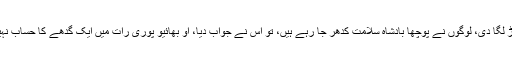
جیسے ہی انہوں نے قبر کھولی تو اس کمہار نے باہر نکل کر دوڑ لگا دی، لوگوں نے پوچھا بادشاہ سلامت کدھر جا رہے ہیں، تو اس نے جواب دیا، او بھائیو پوری رات میں ایک گدھے کا حساب نہیں دے سکا تو پوری رعایا اور مملکت کا حساب کون دیتا پھرے۔